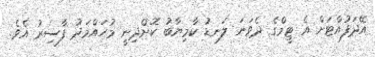
އޭދަފުއްޓަށް އެ ޓީމްގެ ދެވަނަ ލަނޑު ކާމިޔާބު ކޮށްދިނީ މުހައްމަދު ފާސިރު އެވެ.